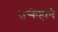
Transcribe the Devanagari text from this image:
उन्केहोंने